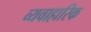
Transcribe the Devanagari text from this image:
व्यवाहारिक